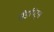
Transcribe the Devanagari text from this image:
सैंडपिट्स